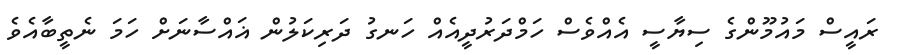
ރައީސް މައުމޫންގެ ސިޔާސީ އެއްވެސް ހަމްދަރުދީއެއް ހަނގު ދަރިކަލުން ޣައްސާނަށް ހަމަ ނެތީބާއެވެ